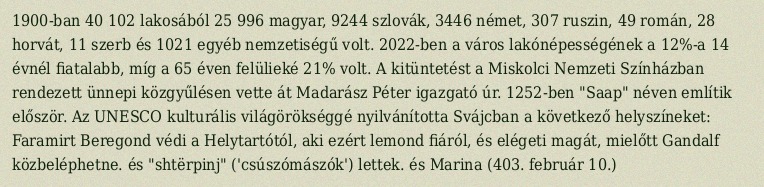
1900-ban 40 102 lakosából 25 996 magyar, 9244 szlovák, 3446 német, 307 ruszin, 49 román, 28 horvát, 11 szerb és 1021 egyéb nemzetiségű volt. 2022-ben a város lakónépességének a 12%-a 14 évnél fiatalabb, míg a 65 éven felülieké 21% volt. A kitüntetést a Miskolci Nemzeti Színházban rendezett ünnepi közgyűlésen vette át Madarász Péter igazgató úr. 1252-ben "Saap" néven említik először. Az UNESCO kulturális világörökséggé nyilvánította Svájcban a következő helyszíneket: Faramirt Beregond védi a Helytartótól, aki ezért lemond fiáról, és elégeti magát, mielőtt Gandalf közbeléphetne. és "shtërpinj" ('csúszómászók') lettek. és Marina (403. február 10.)